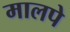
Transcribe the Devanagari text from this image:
मालपे